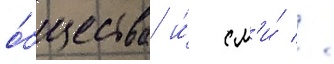
о́бщества и́ см'и́ //